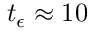
t _ { \epsilon } \approx 1 0